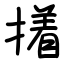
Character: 撯